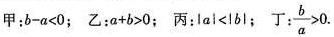
甲：$$b - a < 0$$；乙：$$a + b > 0$$；丙：$$| a | < | b |$$；丁：$$\frac { b } { a } > 0$$.